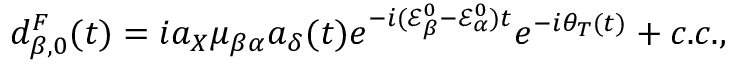
d _ { \beta , 0 } ^ { F } ( t ) = i a _ { X } \mu _ { \beta \alpha } a _ { \delta } ( t ) e ^ { - i ( \mathcal { E } _ { \beta } ^ { 0 } - \mathcal { E } _ { \alpha } ^ { 0 } ) t } e ^ { - i \theta _ { T } ( t ) } + c . c . ,